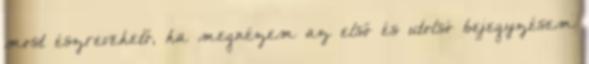
most észrevehető, ha megnézem az első és utolsó bejegyzésem